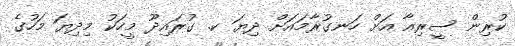
ކުރިން ސީރިއާ އަށް ހަނގުރާމައަށް ދިޔަ ކ. ގުރައިދޫ މީހަކު މިދިޔަ މަހުގެ